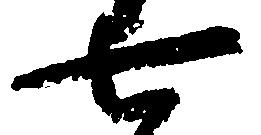
七